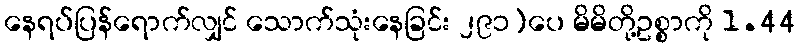
နေရပ်ပြန်ရောက်လျှင် သောက်သုံးနေခြင်း ၂၉၁)ပေ မိမိတို့ဥစ္စာကို 1.44